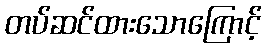
တပ်ဆင်ထားသောကြောင့်